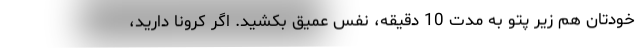
خودتان هم زیر پتو به مدت 10 دقیقه، نفس عمیق بکشید. اگر کرونا دارید،